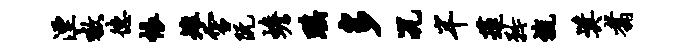
湮嗷德帐雉雪阮蟾瑶多况半莲矜旒奖翥